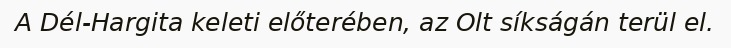
A Dél-Hargita keleti előterében, az Olt síkságán terül el.